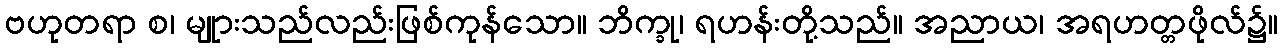
ဗဟုတရာ စ၊ မျုားသည်လည်းဖြစ်ကုန်သော။ ဘိက္ခု၊ ရဟန်းတို့သည်။ အညာယ၊ အရဟတ္တဖိုလ်၌။